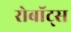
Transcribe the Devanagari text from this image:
रोबॉट्स